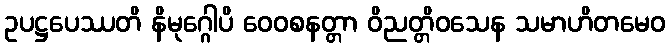
ဥပဋ္ဌပေဿတိ နိမုဂ္ဂေါပိ ဝေဝစနတ္တာ ဝိညတ္တိဝသေန သမာဟိတမေဝ